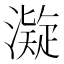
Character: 𱩆